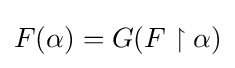
F(\alpha )=G(F\upharpoonright \alpha )